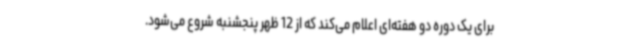
برای یک دوره دو هفته‌ای اعلام می‌کند که از 12 ظهر پنجشنبه شروع می‌شود.